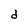
Character: d